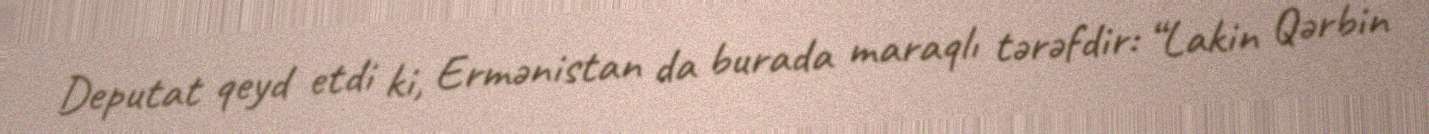
Deputat qeyd etdi ki, Ermənistan da burada maraqlı tərəfdir: “Lakin Qərbin